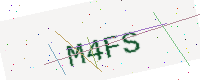
Text: M4FS